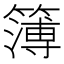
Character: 簿